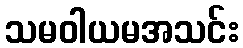
သမဝါယမအသင်း